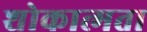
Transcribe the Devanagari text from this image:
शोकात्मता